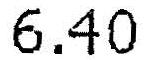
6.40